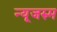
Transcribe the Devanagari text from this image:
न्यूजरुम